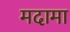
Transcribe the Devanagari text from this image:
मदामा